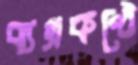
ব্যগ্রকণ্ঠে